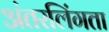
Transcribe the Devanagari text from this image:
अंतरलिंगता